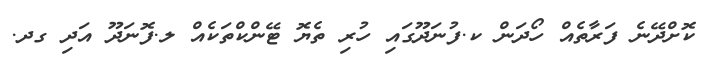
ކޮށްދޭނެ ފަރާތެއް ހޯދަން ކ.ފުނަދޫގައި ހުރި ތެޔޮ ޓޭންކްތަކެއް ލ.ފޮނަދޫ އަދި ގދ.